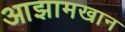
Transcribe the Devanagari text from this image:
आझामखान